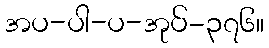
အပ-ပါ-ပ-အုပ်-၃၇၆။